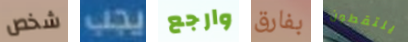
شخص يجب وارجع بفارق يلتقطون